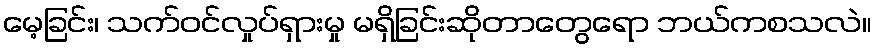
မေ့ခြင်း၊ သက်ဝင်လှုပ်ရှားမှု မရှိခြင်းဆိုတာတွေရော ဘယ်ကစသလဲ။